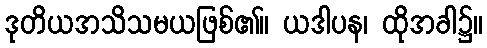
ဒုတိယအသိသမယဖြစ်၏။ ယဒါပန၊ ထိုအခါ၌။